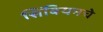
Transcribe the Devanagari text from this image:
सिंबियनचे